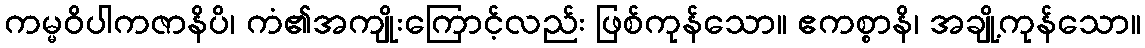
ကမ္မဝိပါကဇာနိပိ၊ ကံ၏အကျိုးကြောင့်လည်း ဖြစ်ကုန်သော။ ဧကစ္စာနိ၊ အချို့ကုန်သော။